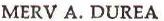
MERV A.DUREA